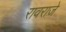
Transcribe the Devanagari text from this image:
रावराजे